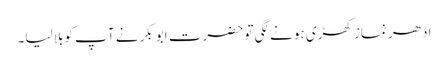
ادھر نماز کھڑی ہونے لگی تو حضرت ابوبکر نے آپ کوبلا لیا۔